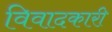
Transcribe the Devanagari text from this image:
विवादकारी